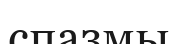
спазмы